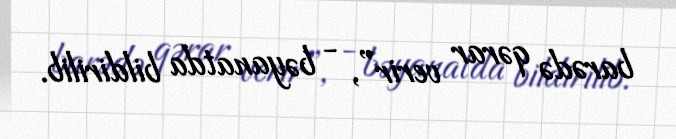
barədə qərar verir”, - bəyanatda bildirilib.